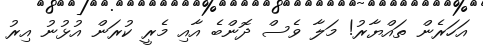
އަހަރެން ތައްޔާރު! މަލާ ވެސް ދޮންބެ އާއި މެރީ ކުރަން އުޅުނު އިރު